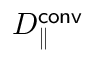
D _ { \parallel } ^ { \mathsf { c o n v } }